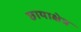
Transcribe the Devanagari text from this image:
छायाक्षेत्र